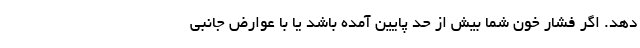
دهد. اگر فشار خون شما بیش از حد پایین آمده باشد یا با عوارض جانبی